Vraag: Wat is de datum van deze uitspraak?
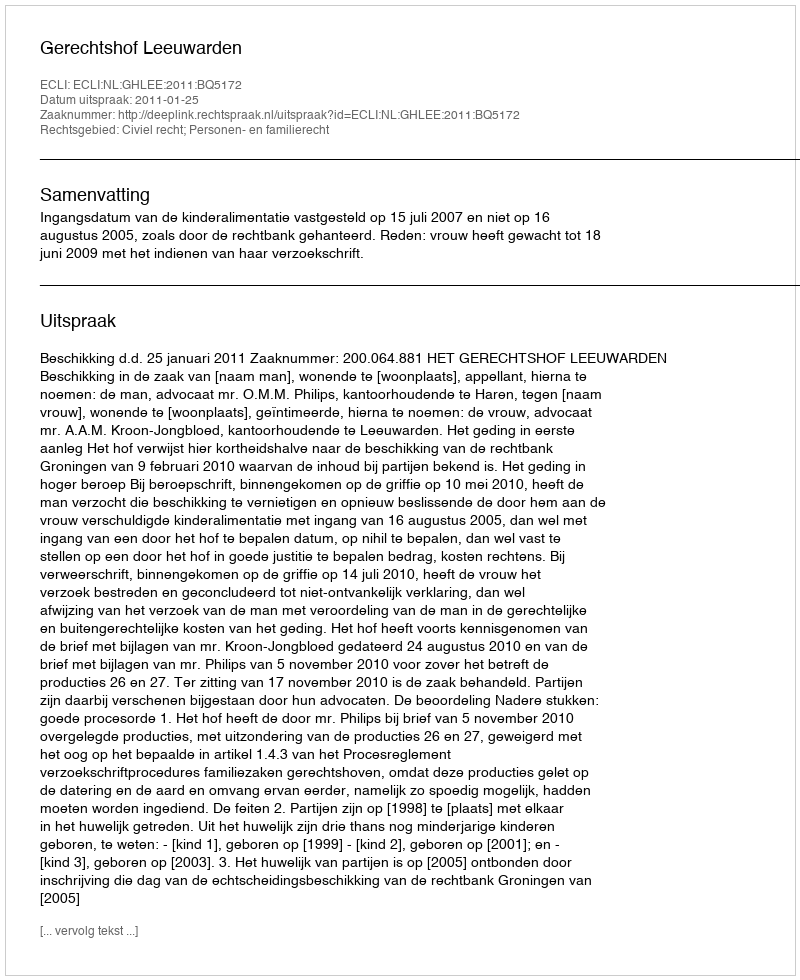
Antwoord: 2011-01-25